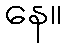
နေ။